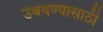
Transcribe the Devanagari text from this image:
उबवण्यासाठी